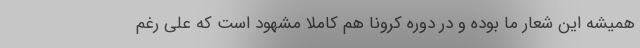
همیشه این شعار ما بوده و در دوره کرونا هم کاملا مشهود است که علی رغم